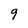
Character: 9